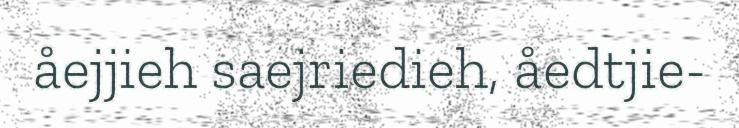
åejjieh saejriedieh, åedtjie-